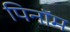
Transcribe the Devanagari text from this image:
पिनॉम